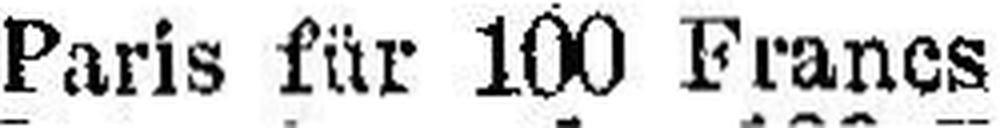
Paris für 100 Francs